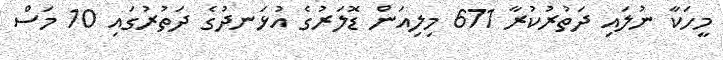
މީހަކާ ނުލައި ދަތުރުކުރާ 671 މިލިއަން ޑޮލަރުގެ އުޅަނދުގެ ދަތުރުގައި 10 މަސް